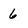
Character: 6